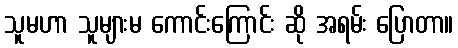
သူမဟာ သူများမ ကောင်းကြောင်း ဆို အရမ်း ပြောတာ။